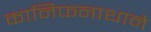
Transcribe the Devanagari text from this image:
कानिफनाथाने